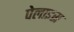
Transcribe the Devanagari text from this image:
पेलाइस